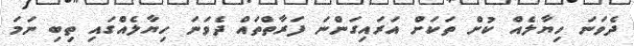
ދެވަނަ ހިޔާލެއް ކުށް ތަކަށް އަރައިގަންނަ ފަރާތްތައް ދެވަނަ ހިޔާލެއްގައި ތިބި ނަމަ